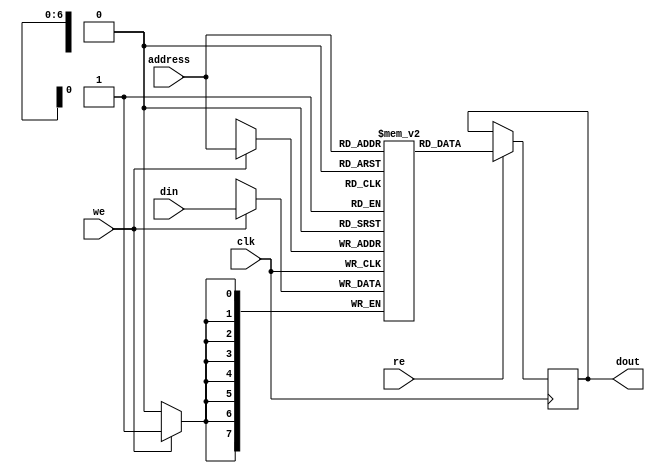
module dram (
   clk,
   address,
   we,
   re,
   din,
   dout
);

input		clk;
input [6:0]	address;
input		we;
input		re;
input [7:0]	din;
output [7:0]	dout;
reg [7:0]	dout;

// Number of data memory words.  This is somewhat tricky, since remember
// that lowest registers (e.g. special registers) are not really in this
// data memory at all, but are explicit registers at the top-level.  Also,
// the banking scheme has some of the other registers in each bank being
// mapped to the same physical registers.  The bottom line is that for
// the 16C57, you at most need to set this to 72.  Note we are reserving
// the last 2 words for our little "expansion circuit" so we really want
// only 70.
//

//
// Copyright (c) 1999 Thomas Coonan (tcoonan@mindspring.com)
//
//    This source code is free software; you can redistribute it
//    and/or modify it in source code form under the terms of the GNU
//    General Public License as published by the Free Software
//    Foundation; either version 2 of the License, or (at your option)
//    any later version.
//
//    This program is distributed in the hope that it will be useful,
//    but WITHOUT ANY WARRANTY; without even the implied warranty of
//    MERCHANTABILITY or FITNESS FOR A PARTICULAR PURPOSE.  See the
//    GNU General Public License for more details.
//
//    You should have received a copy of the GNU General Public License
//    along with this program; if not, write to the Free Software
//    Foundation, Inc., 59 Temple Place - Suite 330, Boston, MA 02111-1307, USA
//

parameter word_depth = 70; // Maximum minus 2 words for expansion circuit demo
//parameter word_depth = 24;  // This would be like a 16C54 

// reg [6:0]	address_latched; <--- NO!  We need ASYNCHRONOUS READs

// Instantiate the memory array itself.
reg [7:0]	mem[0:word_depth-1];

// Latch address <--- NO! 
//always @(posedge clk)
//   address_latched <= address;
   
// READ
//assign dout = mem[address_latched];

// SYNCHRONOUS READ
always @(posedge clk)
   if (re) dout <= mem[address];

// SYNCHRONOUS WRITE
always @(posedge clk)
   if (we) mem[address] <= din;

endmodule